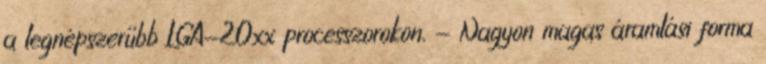
a legnépszerűbb LGA-20xx processzorokon. - Nagyon magas áramlási forma